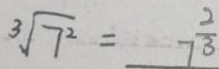
\sqrt [ 3 ] { 7 ^ { 2 } } = 7 ^ { \frac { 2 } { 3 } }